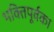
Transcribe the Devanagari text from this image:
भक्तिपूर्वका